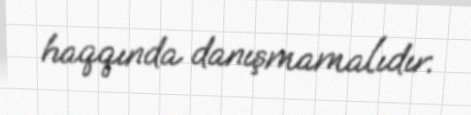
haqqında danışmamalıdır.